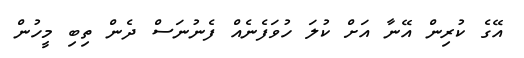
އޭގެ ކުރިން އޭނާ އަށް ކުލަ ހުވަފެނެއް ފެނުނަސް ދެން ތިބި މީހުން